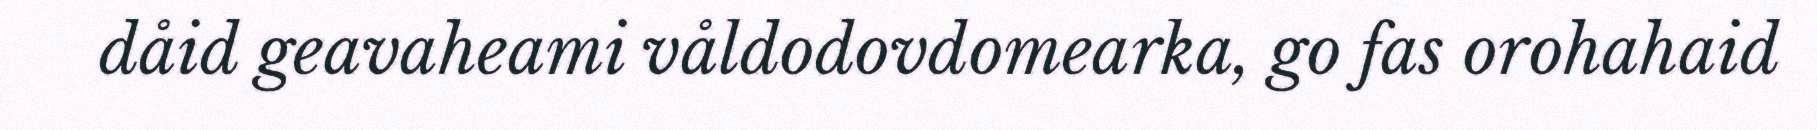
dåid geavaheami våldodovdomearka, go fas orohahaid